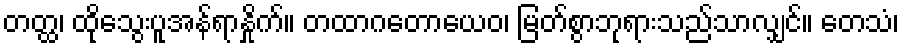
တတ္ထ၊ ထိုသွေးပူအန်ရာနှိုက်။ တထာဂတောယေဝ၊ မြတ်စွာဘုရားသည်သာလျှင်။ တေသံ၊